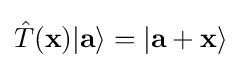
{\hat {T}}(\mathbf {x} )|\mathbf {a} \rangle =|\mathbf {a} +\mathbf {x} \rangle